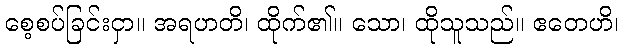
စေ့စပ်ခြင်းငှာ။ အရဟတိ၊ ထိုက်၏။ သော၊ ထိုသူသည်။ ဧတေဟိ၊